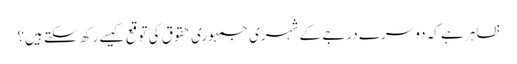
ظاہر ہے کہ دوسرے درجے کے شہری جمہوری حقوق کی توقع کیسے رکھ سکتے ہیں؟